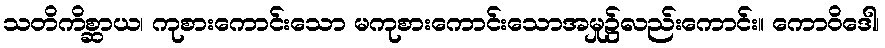
သတိကိစ္ဆာယ၊ ကုစားကောင်းသော မကုစားကောင်းသောအမှု၌လည်းကောင်း။ ကောဝိဒေါ၊